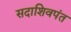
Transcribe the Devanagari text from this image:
सदाशिवपंत